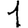
Digit: 1